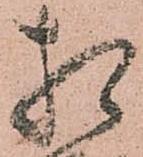
相